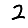
Digit: 2